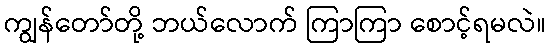
ကျွန်တော်တို့ ဘယ်လောက် ကြာကြာ စောင့်ရမလဲ။